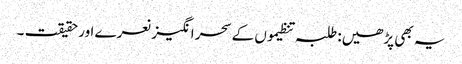
یہ بھی پڑھیں: طلبہ تنظیموں کے سحر انگیز نعرے اور حقیقت ۔